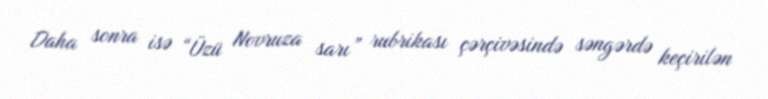
Daha sonra isə “Üzü Novruza sarı” rubrikası çərçivəsində səngərdə keçirilən